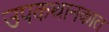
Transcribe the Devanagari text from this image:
उपकथानकात